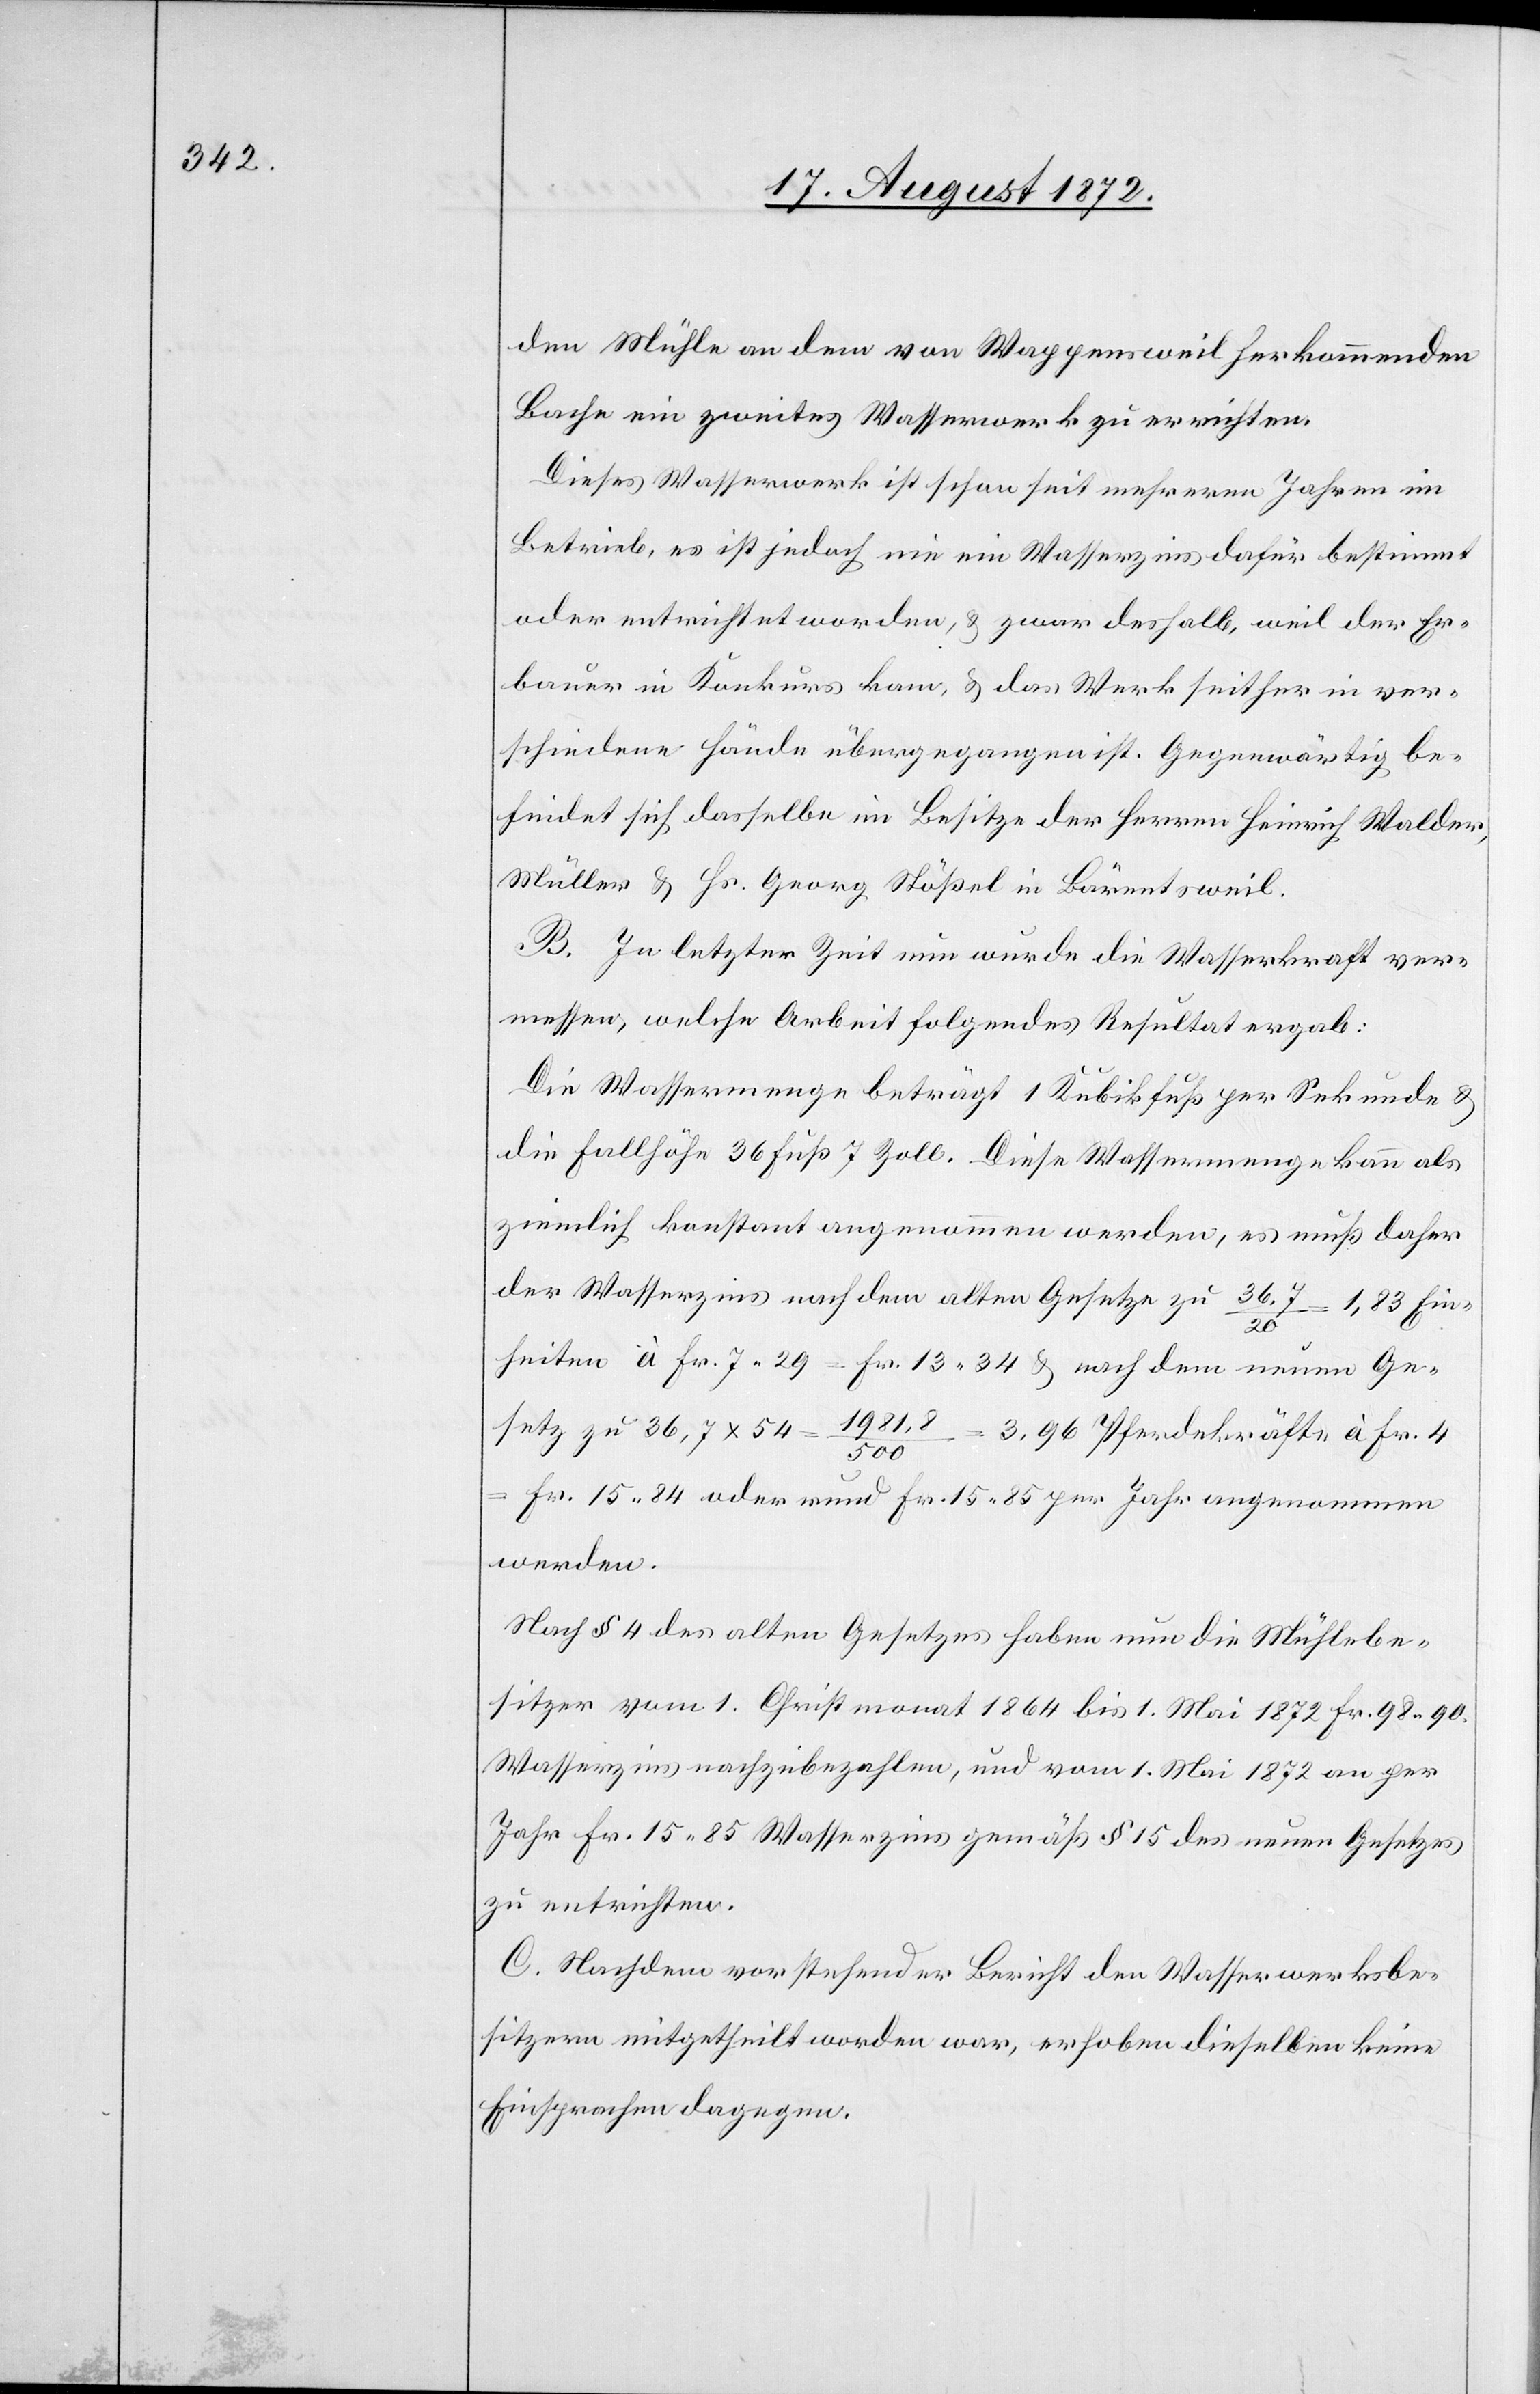
den Mühle an dem von Wappensweil herkommenden
Bache ein zweites Wasserwerk zu errichten.
Dieses Wasserwerk ist schon seit mehreren Jahren im
Betrieb, es ist jedoch nie ein Wasserzins dafür bestimmt
oder entrichtet worden, u. zwar deshalb, weil der Er¬
bauer in Konkurs kam, u. das Werk seither in ver¬
schiedene Hände übergegangen ist. Gegenwärtig be¬
findet sich dasselbe im Besitze der Herren Heinrich Walder,
Müller u. Hs. Georg Stößel in Bärentsweil.
B. In letzter Zeit nun wurde die Wasserkraft ver¬
messen, welche Arbeit folgendes Resultat ergab:
Die Wassermenge beträgt 1 Kubikfuß per Sekunde u.
die Fallhöhe 36 Fuß 7 Zoll. Diese Wassermenge kann als
ziemlich konstant angenommen werden, es muß daher
der Wasserzins nach dem alten Gesetze zu 36.7/20 = 1,83 Ein¬
heiten à Fr. 7 29 = Fr. 13 34 u. nach dem neuen Ge¬
setz zu 36,7 x 54 = 1981,8/500 = 3,96 Pferdekräfte à Fr. 4
Fr. 15 84 oder rund Fr. 15 85 per Jahr angenommen
werden.
Nach § 4 des alten Gesetzes haben nun die Mühlebe¬
sitzer vom 1. Christmonat 1864 bis 1. Mai 1872 Fr. 98 90
Wasserzins nachzubezahlen, und vom 1. Mai 1872 an per
Jahr Fr. 15 85 Wasserzins gemäß § 15 des neuen Gesetzes
zu entrichten.
C. Nachdem vorstehender Bericht den Wasserwerksbe¬
sitzern mitgetheilt worden war, erhoben dieselben keine
Einsprachen dagegen.